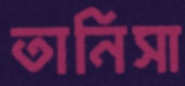
তানিসা